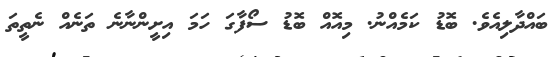
ބައްދާލިއެވެ. ބޮޑު ކަމެއްނު. މިއޮއް ބޮޑު ސޯފާގަ ހަމަ އިށީންނާނެ ތަނެއް ނެތީތަ